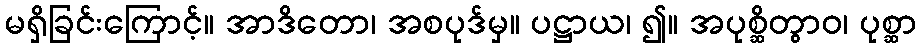
မရှိခြင်းကြောင့်။ အာဒိတော၊ အစပုဒ်မှ။ ပဋ္ဌာယ၊ ၍။ အပုစ္ဆိတွာဝ၊ ပုစ္ဆာ